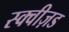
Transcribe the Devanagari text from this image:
स्क्वीज़ड